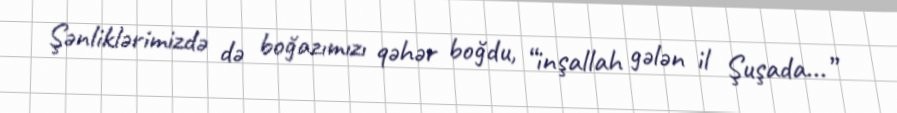
Şənliklərimizdə də boğazımızı qəhər boğdu, “inşallah gələn il Şuşada...”